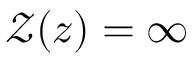
\mathcal { Z } ( z ) = \infty